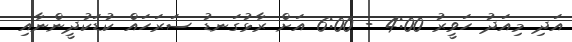
އަދި މިއަދު ހަވީރު 4:00 - 6:00 އަށް ރާޅުގަނޑު ސަރަހައް ކުޑަކުދީންނާއި